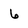
Character: 6